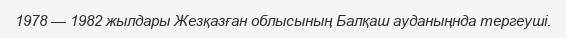
1978 — 1982 жылдары Жезқазған облысының Балқаш ауданыңнда тергеуші.